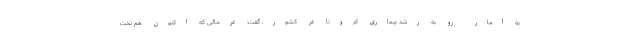
به آمار رو به رشد بیماری کرونا در کشور، گفت: درحالی که اکنون هم تخت